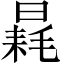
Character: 𣉶